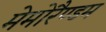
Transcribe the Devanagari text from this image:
मेमोरैण्डम